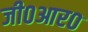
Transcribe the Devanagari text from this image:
जी०आर०